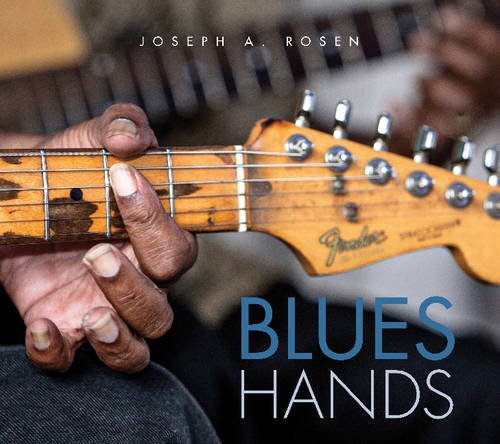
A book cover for Blues Hands; Joseph A. Rosen; Arts & Photography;